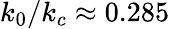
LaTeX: k_{0}/k_{c}\approx 0.285